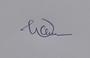
Signature authenticity: genuine